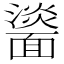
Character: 𩉀